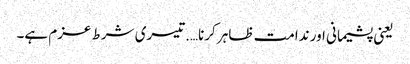
یعنی پشیمانی اور ندامت ظاہر کرنا….تیسری شرط عزم ہے۔